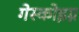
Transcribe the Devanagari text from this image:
गेस्कोइग्न